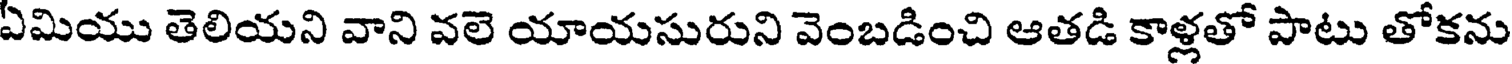
ఏమియు తెలియని వాని వలె యాయసురుని వెంబడించి ఆతడి కాళ్లతో పాటు తోకను